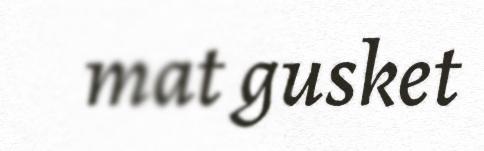
mat gusket